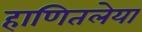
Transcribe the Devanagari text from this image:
हाणितलेया